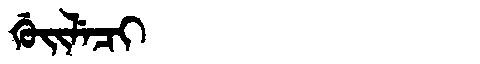
Manchu: ᡤᡠᡳᠯᡝᠴᡳ
Romanization: GUILECI